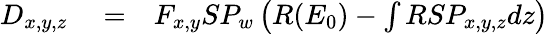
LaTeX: \begin{array}{rlr}{D_{x,y,z}}&{{}=}&{F_{x,y}SP_{w}\left(R(E_{0})-\int RSP_{x,y,z}dz\right)}\end{array}